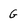
Character: G